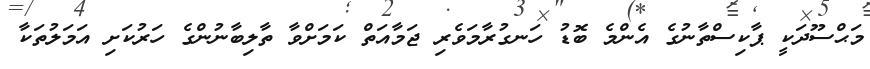
މަޙްސޫދަކީ ޕާކިސްތާނުގެ އެންމެ ބޮޑު ހަނގުރާމަވެރި ޖަމާއަތް ކަމަށްވާ ތާލިބާނުންގެ ހަރުކަށި އަމަލުތަކާ